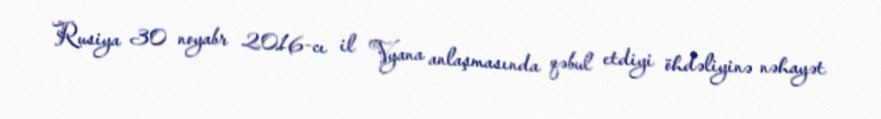
Rusiya 30 noyabr 2016-cı il Vyana anlaşmasında qəbul etdiyi öhdəliyinə nəhayət